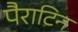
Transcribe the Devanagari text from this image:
पैराटिन